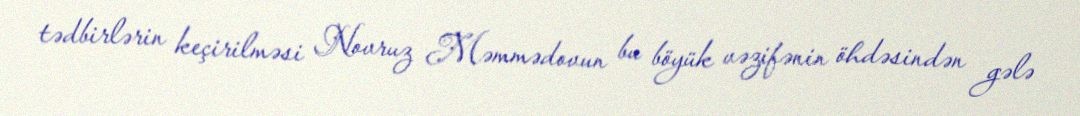
tədbirlərin keçirilməsi Novruz Məmmədovun bu böyük vəzifənin öhdəsindən gələ